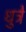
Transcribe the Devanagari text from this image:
धुत्रे